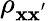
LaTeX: \rho_{\mathbf{x}\mathbf{x}^{'}}